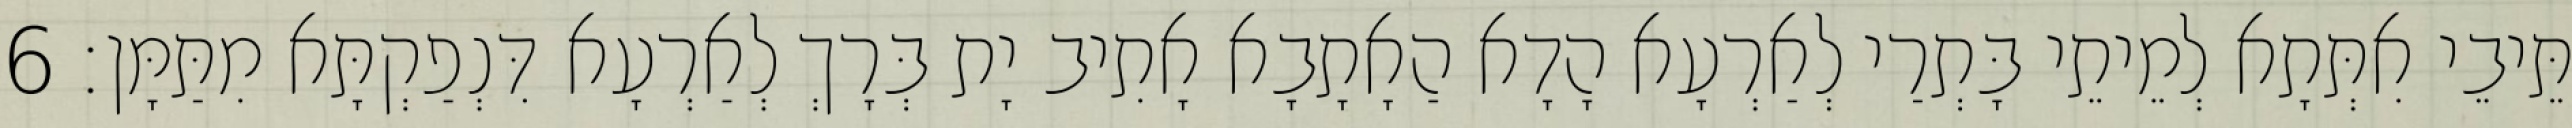
תֵּיבֵי אִתְּתָא לְמֵיתֵי בָּתְרַי לְאַרְעָא הָדָא הַאָתָבָא אָתִיב יָת בְּרָךְ לְאַרְעָא דִּנְפַקְתָּא מִתַּמָּן׃ 6